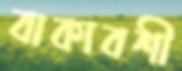
বাকাবশী